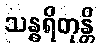
သန္ဓရိတုန္တိ